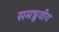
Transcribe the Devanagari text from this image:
समध्रुवीय